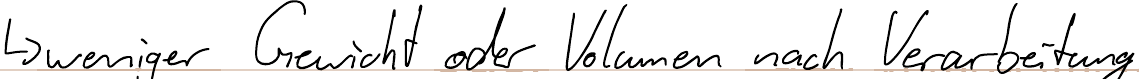
-> weniger Gewicht oder Volumen nach Verarbeitung